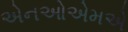
એનઓએમએ